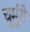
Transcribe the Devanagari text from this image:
चुर्मुरी